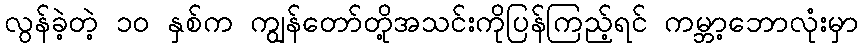
လွန်ခဲ့တဲ့ ၁၀ နှစ်က ကျွန်တော်တို့အသင်းကိုပြန်ကြည့်ရင် ကမ္ဘာ့ဘောလုံးမှာ